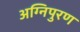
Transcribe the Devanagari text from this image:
अग्निपुरण